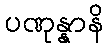
ပဏုန္နာနိ